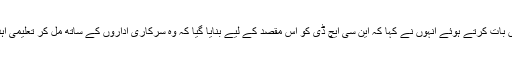
اس موقع پر این سی ایچ کے بارے میں بات کرتے ہوئے انہوں نے کہا کہ این سی ایچ ڈی کو اس مقصد کے لیے بنایا گیا کہ وہ سرکاری اداروں کے ساتھ مل کر تعلیمی اہداف کو کامیابی سے حاصل کر سکیں۔